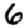
Digit: 6